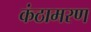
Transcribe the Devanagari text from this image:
कंठामरण